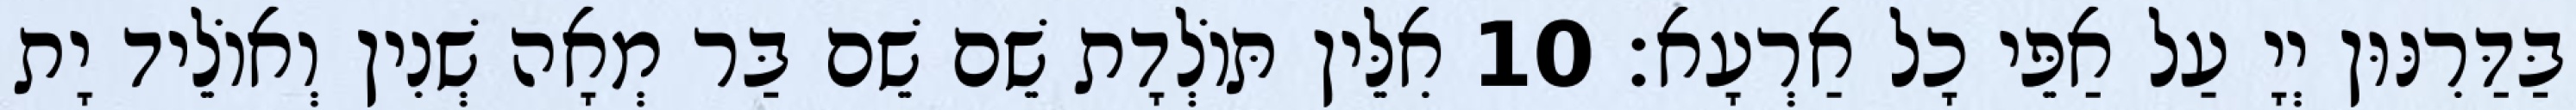
בַּדַּרִנּוּן יְיָ עַל אַפֵּי כָל אַרְעָא׃ 10 אִלֵּין תּוֹלְדָת שֵׁם שֵׁם בַּר מְאָה שְׁנִין וְאוֹלֵיד יָת